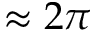
\approx 2 \pi